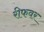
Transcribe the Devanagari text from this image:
रीफवर